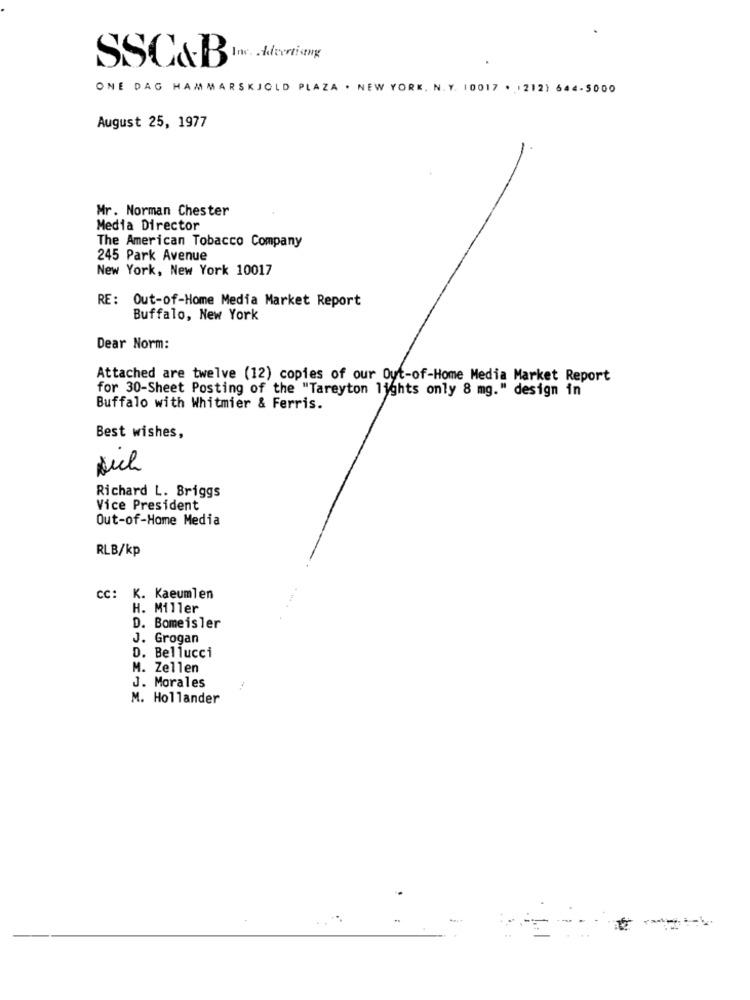
SSC&B In deristhy
ONE DAG HAMMARSKJOLD PLAZA . NEW YORK. N. Y. 10017 . 1212) 644-5000
August 25, 1977
Mr. Norman Chester
Media Director
The American Tobacco Company
245 Park Avenue
New York, New York 10017
RE: Out-of-Home Media Market Report
Buffalo, New York
Dear Norm:
Attached are twelve (12) copies of our Out-of-Home Media Market Report
for 30-Sheet Posting of the "Tareyton lights only 8 mg." design in
Buffalo with Whitmier & Ferris.
Best wishes,
Richard L. Briggs
Vice President
Out-of-Home Media
RLB/kp
CC:
K. Kaeumlen
H. Miller
D. Bomeisler
J. Grogan
D. Bellucci
M. Zellen
J. Morales
M. Hollander